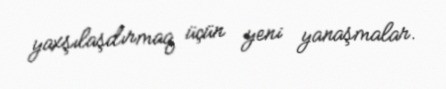
yaxşılaşdırmaq üçün yeni yanaşmalar.